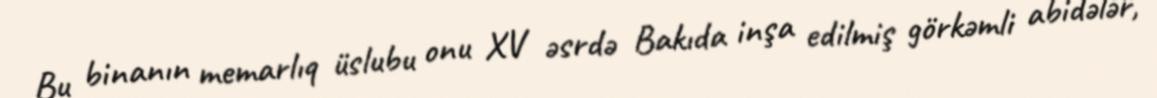
Bu binanın memarlıq üslubu onu XV əsrdə Bakıda inşa edilmiş görkəmli abidələr,